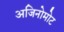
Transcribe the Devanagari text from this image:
अजिनोमोट